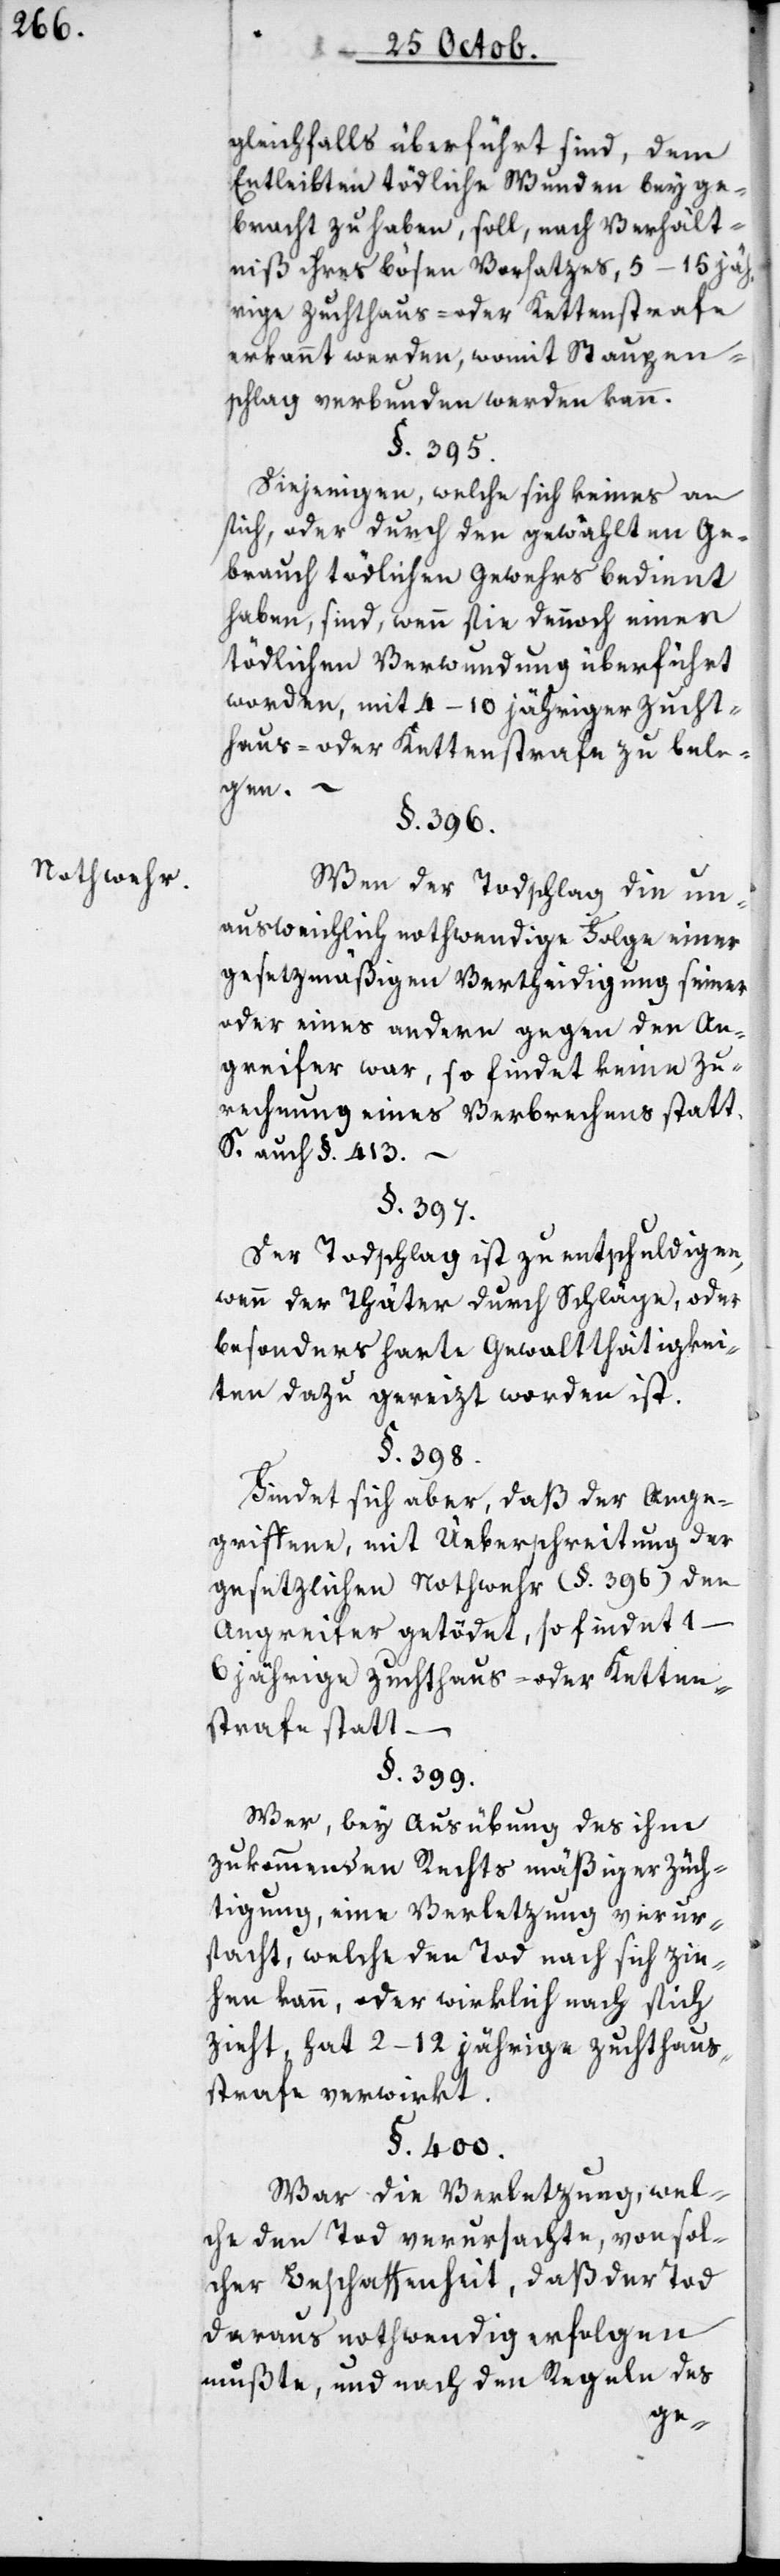
Nothwehr.

gleichfalls überführt sind, dem
Entleibten tödliche Wunden beyge¬
bracht zu haben, soll nach Verhält¬
niß ihres bösen Vorsatzes, 5–15 jäh¬
rige Zuchthaus- oder Kettenstrafe
erkannt werden, womit Staupen¬
schlag verbunden werden kann.
§. 395.
Diejenigen, welche sich keines an
sich, oder durch den gewählten Ge¬
brauch tödlichen Gewehrs bedient
haben, sind wenn sie dennoch einer
tödlichen Verwundung überführt
worden, mit 4–10 jähriger Zucht¬
haus– oder Kettenstrafe zu bele¬
gen. –
§. 396.
Wenn der Todschlag die un¬
ausweichlich nothwendige Folge einer
gesetzmäßigen Vertheidigung seiner
oder eines andern gegen den An¬
greifer war, so findet keine Zu¬
rechnung eines Verbrechens statt.
S. auch §. 413.
–
§. 397.
Der Todschlag ist zu entschuldigen,
wenn der Thäter durch Schläge, oder
besonders harte Gewaltthätigkei¬
ten dazu gereizt worden ist.
§. 398.
Findet sich aber, daß der Ange¬
griffene, mit Überschreitung der
gesetzlichen Nothwehr (§. 396) den
Angreifer getödet, so findet 1–6
jährige Zuchthaus- oder Ketten¬
strafe statt.
§. 399.
Wer, bey Ausübung des ihm
zukommenden Rechts mäßiger Züch¬
tigung, eine Verletzung verur¬
sacht, welche den Tod nach sich zie¬
hen kann, oder wirklich nach sich
zieht, hat 2–12 jährige Zuchthaus¬
strafe verwirkt.
§. 400.
War die Verletzung, wel¬
che den Tod verursachte, von sol¬
cher Beschaffenheit, daß der Tod
daraus nothwendig erfolgen
mußte, und nach den Regeln des